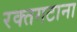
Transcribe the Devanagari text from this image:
रक्तगटाना